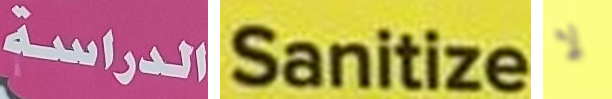
الدراسة Sanitize لا